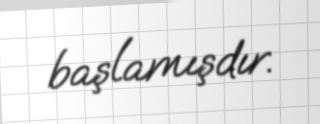
başlamışdır.